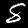
Digit: 8